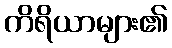
ကိရိယာများ၏